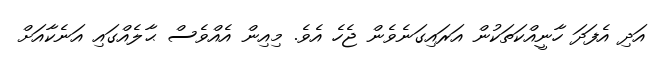
އަދި އެފަދަ ހާނީއްކަތަކުން އަރައިގަނެވެން ޖެހެ އެވެ. މިއިން އެއްވެސް ޙާލެއްގައި އަނެކާއަށް